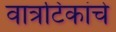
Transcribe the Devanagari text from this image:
वात्रटिकांचे